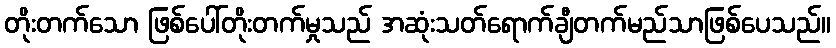
တိုးတက်သော ဖြစ်ပေါ်တိုးတက်မှုသည် အဆုံးသတ်ရောက်ချီတက်မည်သာဖြစ်ပေသည်။